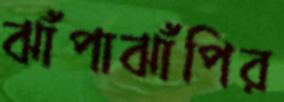
ঝাঁপাঝাঁপির